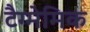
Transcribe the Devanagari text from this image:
टैग्मेमिक